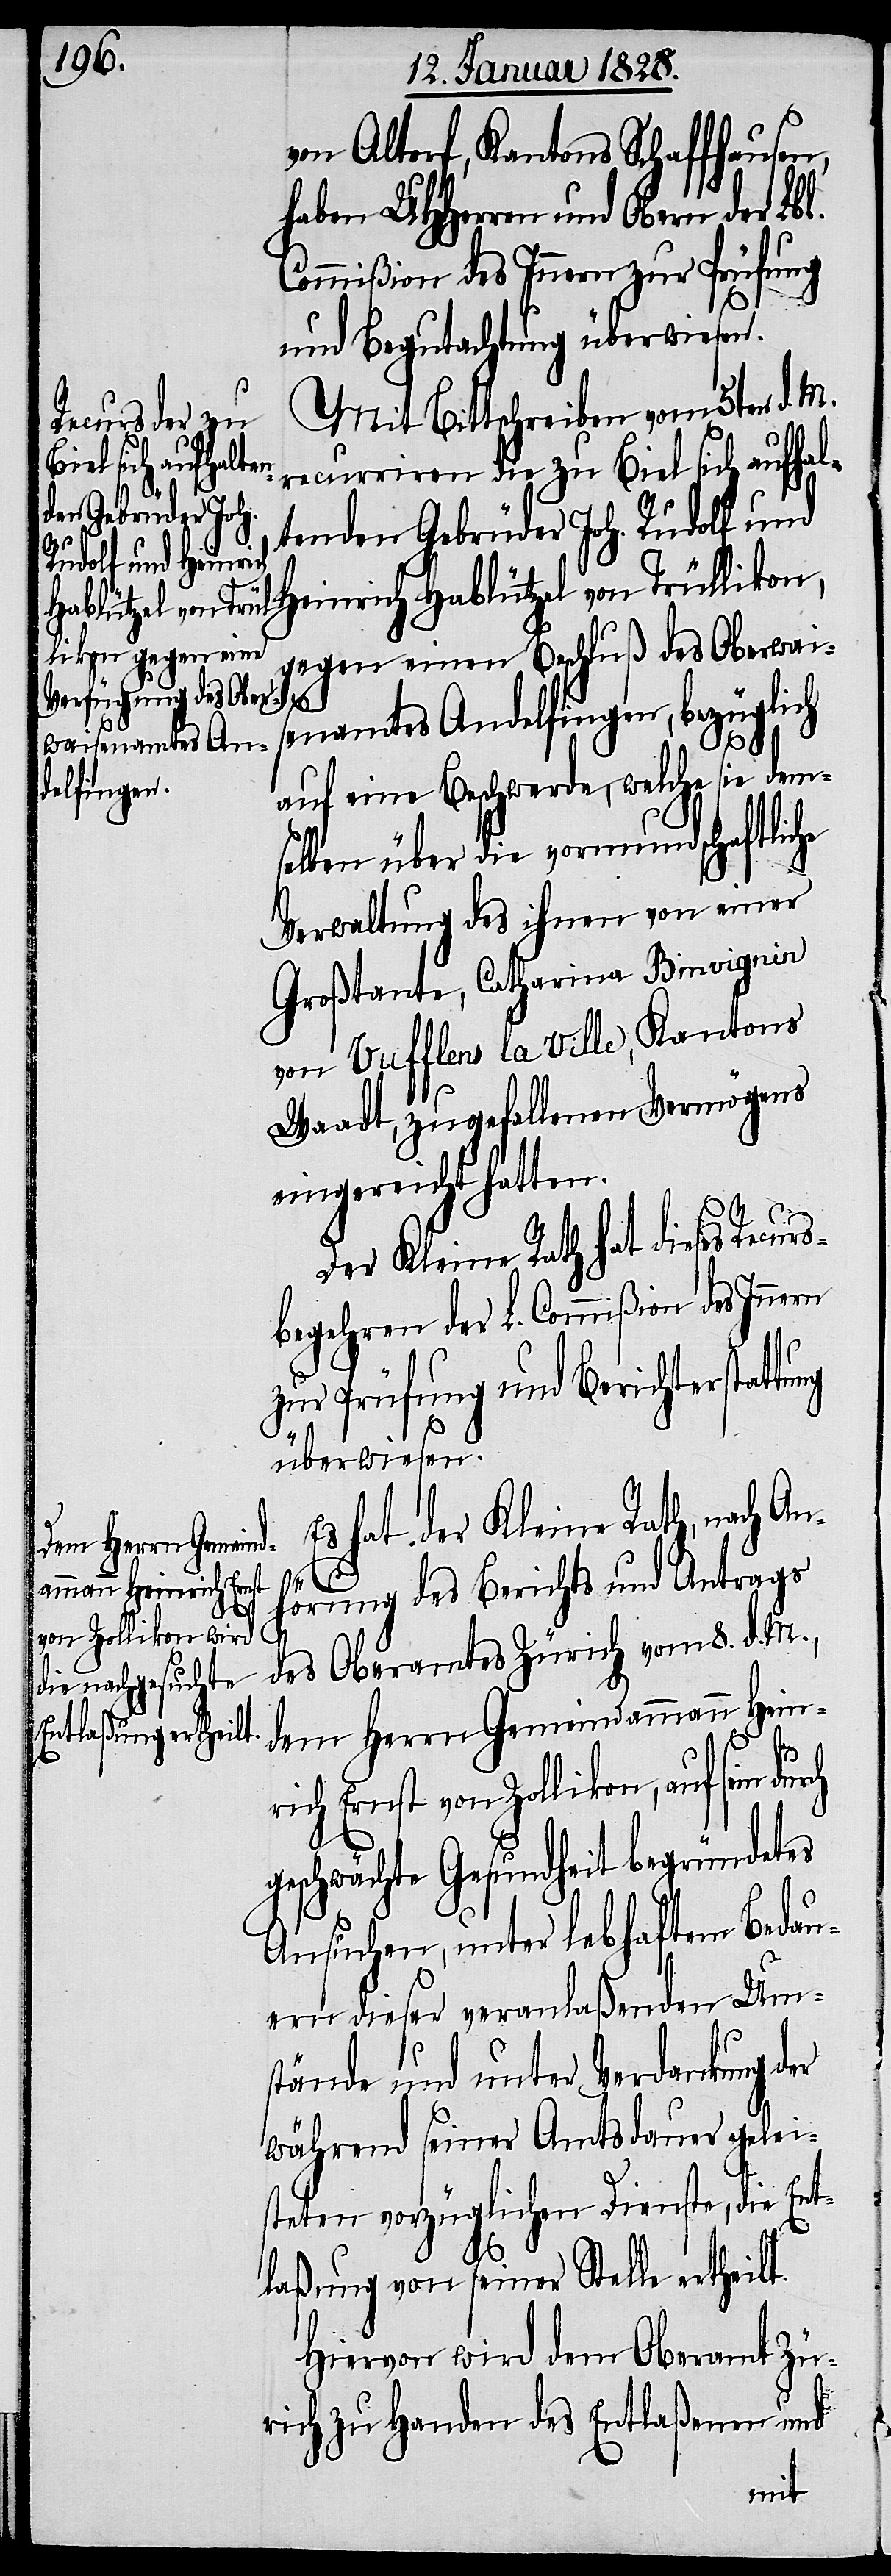
von Altdorf, Kantons Schaffhausen,
haben UHHerren und Obern der Lbl.
Commißion des Innern zur Prüfung
und Begutachtung überwiesen.
Mit Bittschreiben vom 5ten d. M.
recurriren die zu Biel sich aufhal¬
tenden Gebrüder Joh. Rudolf und
Heinrich Hablützel von Trüllikon,
gegen einen Beschluß des Oberwai¬
durch
senamtes Andelfingen, bezüglich
auf eine Beschwerde, welche sie dem¬
selben über die vormundschaftliche
Verwaltung des ihnen von einer
Großtante, Catharina Bimvignin
von Vufflens la Ville, Kantons
Waadt, zugefallenen Vermögens
eingereicht hatten.
Der Kleine Rath hat dieses Recu¬
begehren der L. Commißion des Innern
zur Prüfung und Berichterstattu¬
überwiesen.
Es hat der Kleine Rath, nach An¬
ng
hörung des Berichts und Antrags
des Oberamtes Zürich vom 8. d. M.,
dem Herrn Gemeindammann Hein¬
rich Ernst von Zollikon, auf sein
geschwächte Gesundheit begründetes
Ansuchen, unter lebhaftem Bedau¬
ern dieser veranlaßenden Um¬
stände und unter Verdankung der
während seiner Amtsdauer gelei¬
steten vorzüglichen Dienste, die Ent¬
laßung von seiner Stelle ertheilt.
Hiervon wird dem Oberamt Zü¬
rich zu Handen des Entlaßenen und